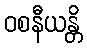
ဝစနီယန္တိ